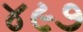
૪૯૭